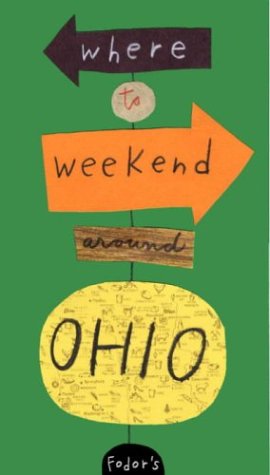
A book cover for Fodor's Where to Weekend Around Ohio, 1st Edition (Special-Interest Titles); Fodor's; Travel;